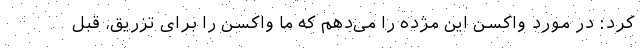
کرد: در مورد واکسن این مژده را می‌دهم که ما واکسن را برای تزریق، قبل